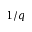
1 / q